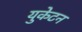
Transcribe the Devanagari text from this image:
युकेटन